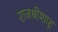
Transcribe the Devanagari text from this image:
राजश्रीशाहू